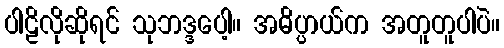
ပါဠိလိုဆိုရင် သုဘဒ္ဒပေါ့။ အဓိပ္ပာယ်က အတူတူပါပဲ။